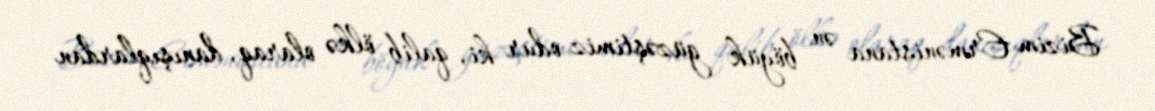
Bizim Ermənistana ən böyük güzəştimiz odur ki, qalib ölkə olaraq, danışıqlardan